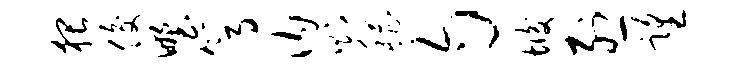
猥俊野篙内则稽匀垢烈望